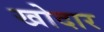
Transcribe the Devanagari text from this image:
खोदार